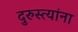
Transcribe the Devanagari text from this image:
दुरुस्त्यांना